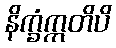
နိက္ခံဣတိပိ